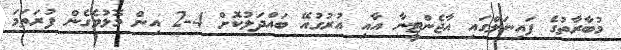
މުބާރާތުގެ ފައިނަލްގައި އާޖެންޓީނާ އާއި އުރުގުއޭ ބައްދަލުކޮށް 4-2 އިން މޮޅުވެގެން ފުރަތަމަ